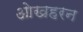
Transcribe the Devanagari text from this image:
ओखहरन